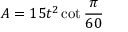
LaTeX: A = 1 5 t ^ { 2 } \cot { \frac { \pi } { 6 0 } }